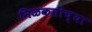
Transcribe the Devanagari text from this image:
मिळकतींच्या